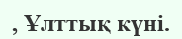
, Ұлттық күні.